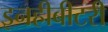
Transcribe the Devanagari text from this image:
इनहीबीटरी